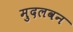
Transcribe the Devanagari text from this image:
मुदलवन